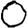
Digit: 0